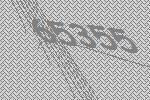
65355